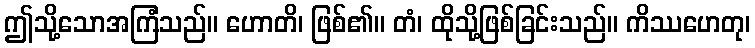
ဤသို့သောအကြံသည်။ ဟောတိ၊ ဖြစ်၏။ တံ၊ ထိုသို့ဖြစ်ခြင်းသည်။ ကိဿဟေတု၊